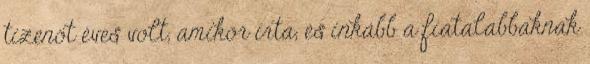
tizenöt éves volt, amikor írta, és inkább a fiatalabbaknak